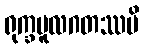
ရုက္ခမူလဂတဿပိ